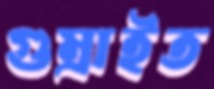
গুম্‌রাইত